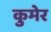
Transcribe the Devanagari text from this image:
कुमेर